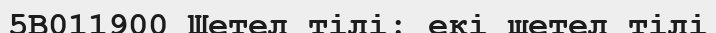
5В011900 Шетел тілі: екі шетел тілі